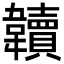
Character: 韥